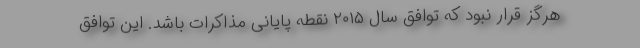
هرگز قرار نبود که توافق سال ۲۰۱۵ نقطه پایانی مذاکرات باشد. این توافق